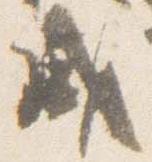
盛